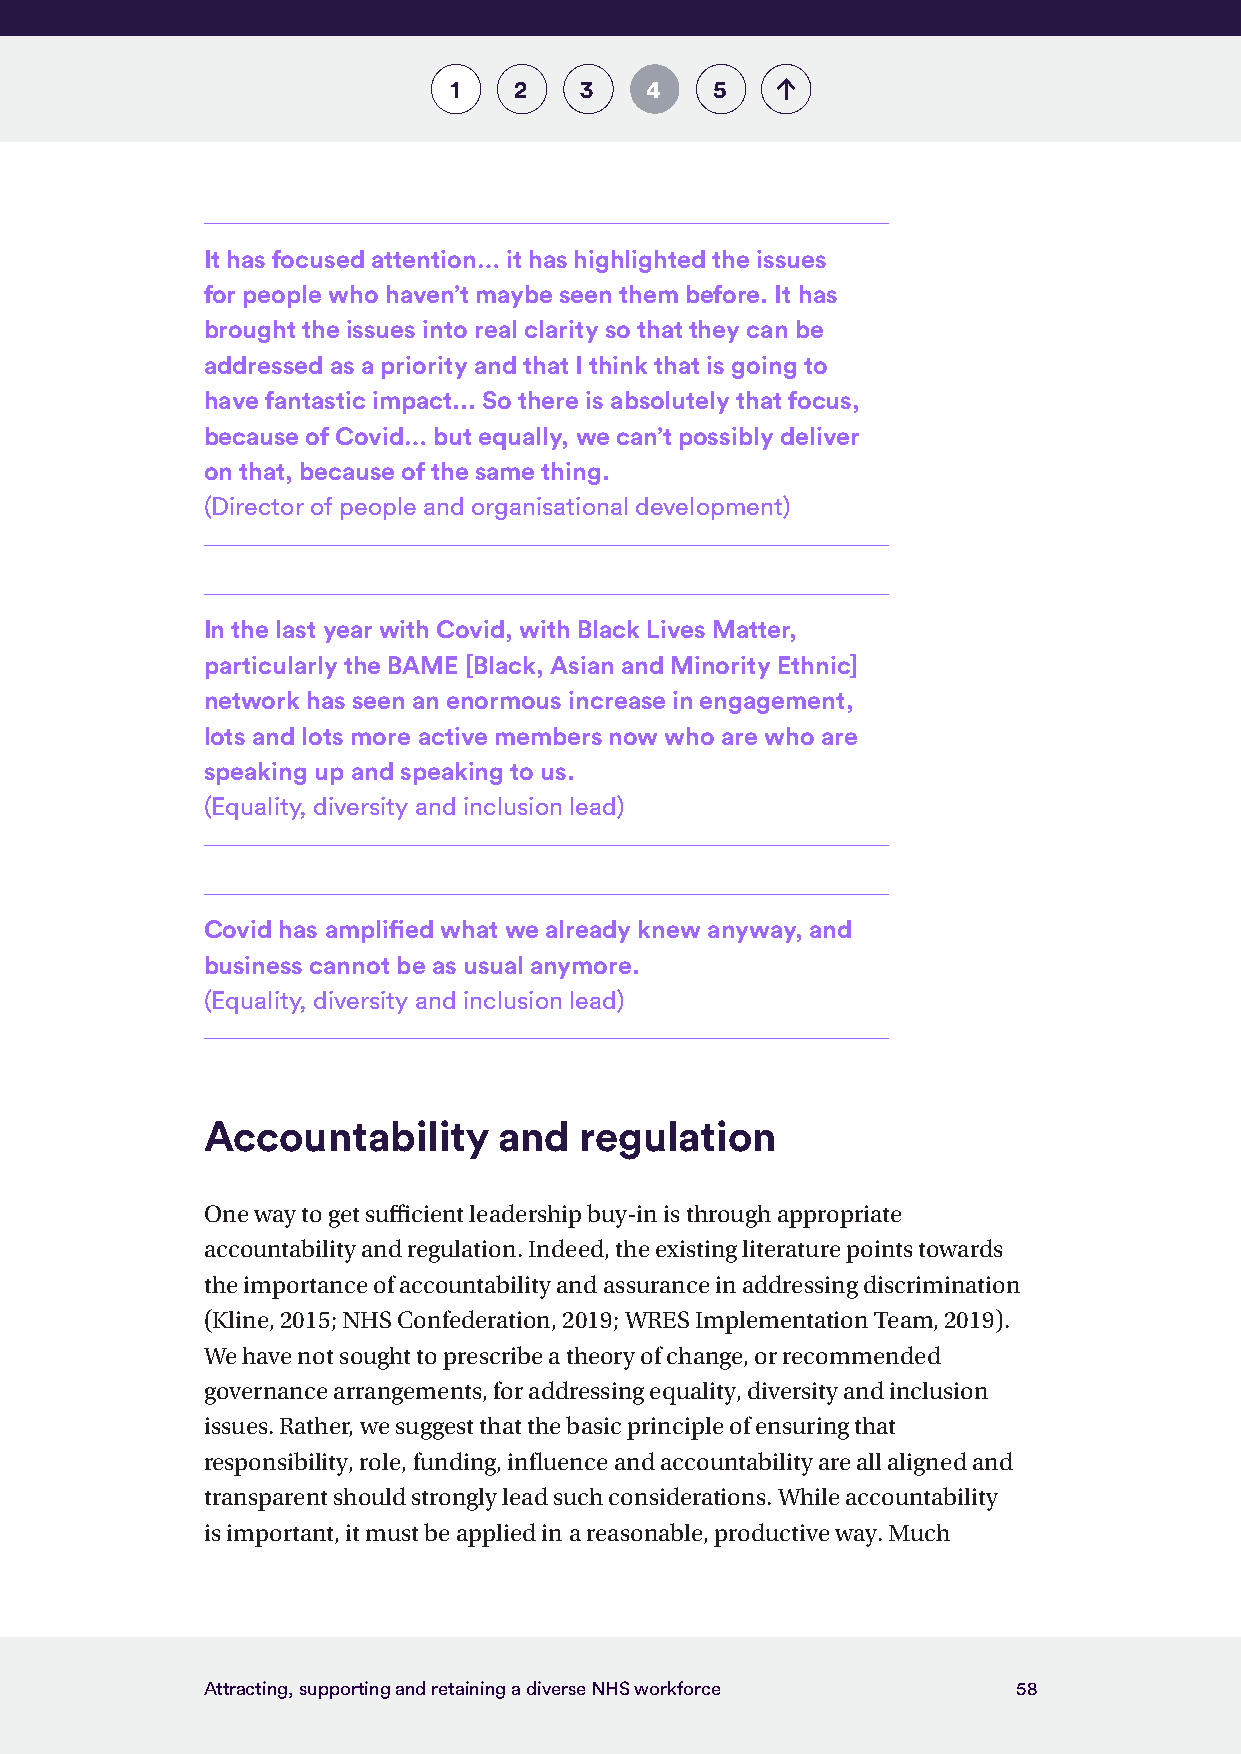
1   2   3    4   5
 It has focused attention… it has highlighted the issues
 for people who haven’t maybe seen them before. It has
 brought the issues into real clarity so that they can be
 addressed as a priority and that I think that is going to
 have fantastic impact... So there is absolutely that focus,
 because of Covid… but equally, we can’t possibly deliver
 on that, because of the same thing.
 (Director of people and organisational development)
 In the last year with Covid, with Black Lives Matter,
 particularly the BAME [Black, Asian and Minority Ethnic]
 network has seen an enormous increase in engagement,
 lots and lots more active members now who are who are
 speaking up and speaking to us.
 (Equality, diversity and inclusion lead)
 Covid has amplified what we already knew anyway, and
 business cannot be as usual anymore.
 (Equality, diversity and inclusion lead)
 Accountability      and  regulation
 One way to get sufficient leadership buy-in is through appropriate
 accountability and regulation. Indeed, the existing literature points towards
 the importance of accountability and assurance in addressing discrimination
 (Kline, 2015; NHS Confederation, 2019; WRES Implementation Team, 2019).
 We have not sought to prescribe a theory of change, or recommended
 governance arrangements, for addressing equality, diversity and inclusion
 issues. Rather, we suggest that the basic principle of ensuring that
 responsibility, role, funding, influence and accountability are all aligned and
 transparent should strongly lead such considerations. While accountability
 is important, it must be applied in a reasonable, productive way. Much
 Attracting, supporting and retaining a diverse NHS workforce 58